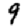
Digit: 9